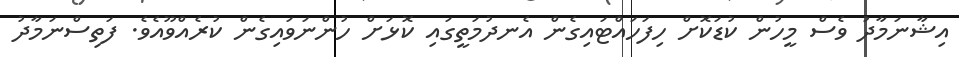
އިޝާނަމާދު ވެސް މީހުން ކުޑަކޮށް ހިފަހައްޓައިގެން އެނދުމަތީގައި ކޮޅަށް ހުންނަވައިގެން ކުރެއްވޫއެވެ. ފަތިސްނަމާދު